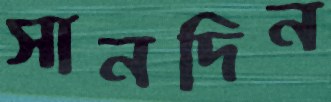
সানদিন